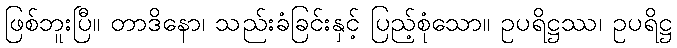
ဖြစ်ဘူးပြီ။ တာဒိနော၊ သည်းခံခြင်းနှင့် ပြည့်စုံသော။ ဥပရိဋ္ဌဿ၊ ဥပရိဋ္ဌ